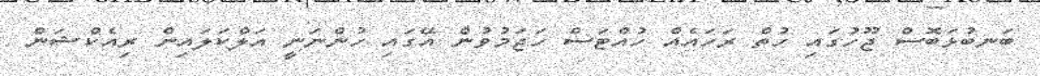
ބަނބުޅަބޮސް ޖޫހުގައި ހުތް ރަހައެއް ހުއްޓަސް ހަޖަމުވުން އޭގައި ހުންނަނީ އަލްކަލައިން ރިއެކްޝަން